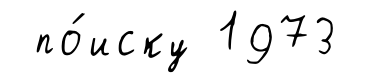
по́иску 1973